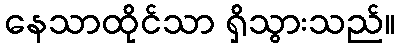
နေသာထိုင်သာ ရှိသွားသည်။